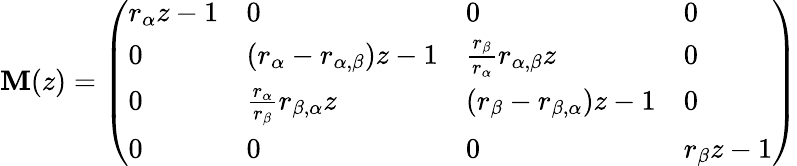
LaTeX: \mathbf{M}(z)=\left(\begin{array}{llll}{r_{\alpha}z-1}&{0}&{0}&{0}\\ {0}&{(r_{\alpha}-r_{\alpha,\beta})z-1}&{\frac{r_{\beta}}{r_{\alpha}}r_{\alpha,\beta}z}&{0}\\ {0}&{\frac{r_{\alpha}}{r_{\beta}}r_{\beta,\alpha}z}&{(r_{\beta}-r_{\beta,\alpha})z-1}&{0}\\ {0}&{0}&{0}&{r_{\beta}z-1}\end{array}\right)